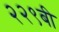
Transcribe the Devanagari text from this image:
२२९बी